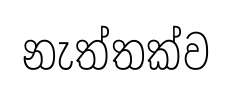
නැත්තක්ව